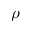
\rho